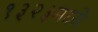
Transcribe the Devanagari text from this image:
१३२३मध्ये